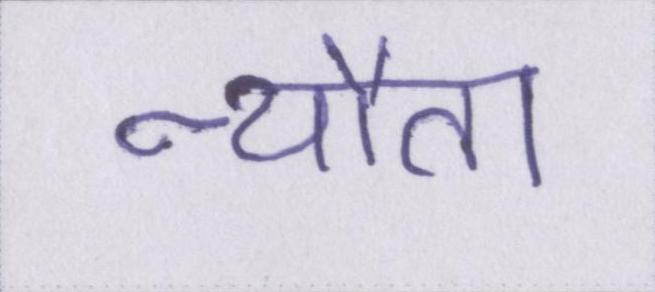
न्यौता